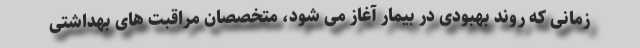
زمانی که روند بهبودی در بیمار آغاز می شود، متخصصان مراقبت های بهداشتی